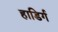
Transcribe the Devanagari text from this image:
हाडिर्गं